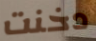
دخنت